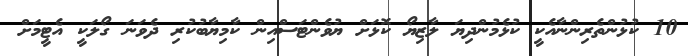
10 ކުޅުންތެރިންނާއެކީ ކުޅެމުންދިޔަ ލާޒިޔޯ ކޮޅަށް ޔުވެންޓަސްއިން ކާމިޔާބުކުރި ދެވަނަ ގޯލަކީ އެޓީމަށް